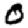
Digit: 0